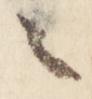
々